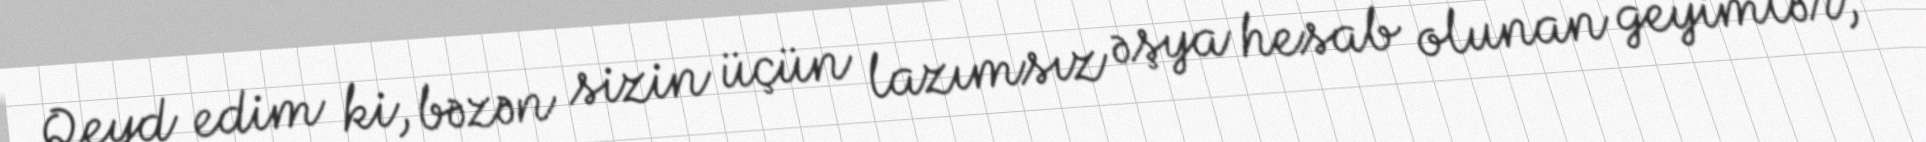
Qeyd edim ki, bəzən sizin üçün lazımsız əşya hesab olunan geyimlər,